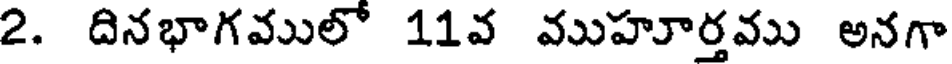
2. దినభాగములో 11వ ముహూర్తము అనగా